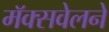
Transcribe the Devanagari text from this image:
मॅक्सवेलने